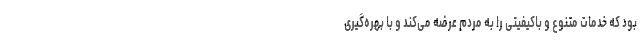
بود که خدمات متنوع و باکیفیتی را به مردم عرضه می‌کند و با بهره‌گیری